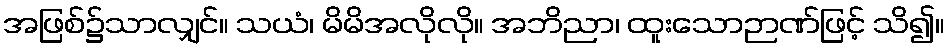
အဖြစ်၌သာလျှင်။ သယံ၊ မိမိအလိုလို။ အဘိညာ၊ ထူးသောဉာဏ်ဖြင့် သိ၍။